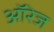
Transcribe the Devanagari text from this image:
ऑरेज